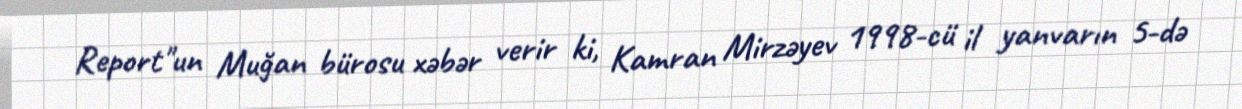
Report"un Muğan bürosu xəbər verir ki, Kamran Mirzəyev 1998-cü il yanvarın 5-də